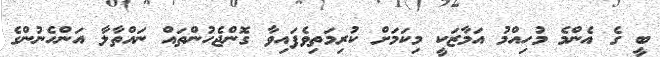
ބީ ގެ އެންމެ މުހިއްމު އަމާޒަކީ މިކަމަށް ކުރިމަތިވެފައިވާ ގޮންޖެހުންތައް ނައްތާލާ އަންހެނުންގެ